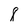
Character: 8